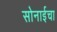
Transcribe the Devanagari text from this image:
सोनाईचा